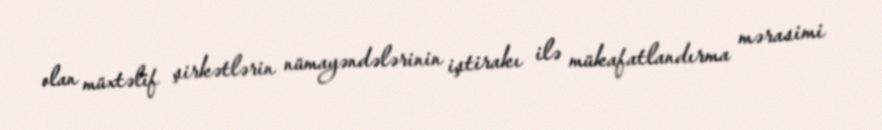
olan müxtəlif şirkətlərin nümayəndələrinin iştirakı ilə mükafatlandırma mərasimi